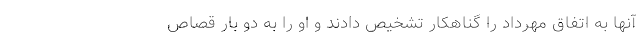
آنها به اتفاق مهرداد را گناهکار تشخیص دادند و او را به دو بار قصاص